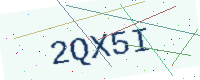
Text: 2QX5I